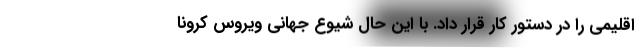
اقلیمی را در دستور کار قرار داد. با این حال شیوع جهانی ویروس کرونا